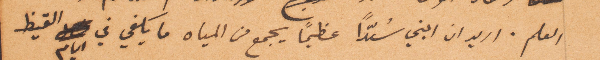
العلم. اريد ان ابني سُدًّا عظيمًا يجمع من المياه ما يكفي في أيام القيظ